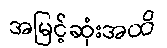
အမြင့်ဆုံးအထိ